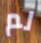
لم